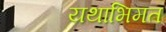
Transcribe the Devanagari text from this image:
यथाभिमत